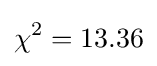
\chi ^{2}=13.36